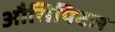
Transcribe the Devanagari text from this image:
औसिपिटल